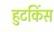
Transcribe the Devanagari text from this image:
हुटकिंस